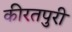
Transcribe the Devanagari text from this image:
कीरतपुरी